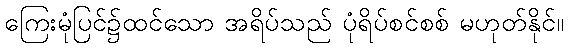
ကြေးမုံပြင်၌ထင်သော အရိပ်သည် ပုံရိပ်စင်စစ် မဟုတ်နိုင်။